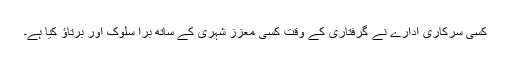
کسی سرکاری ادارے نے گرفتاری کے وقت کسی معزز شہری کے ساتھ برا سلوک اور برتاؤ کیا ہے۔